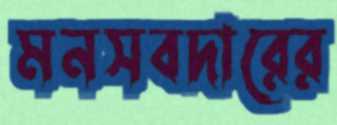
মনসবদারের